画像に写った文字を読んでください
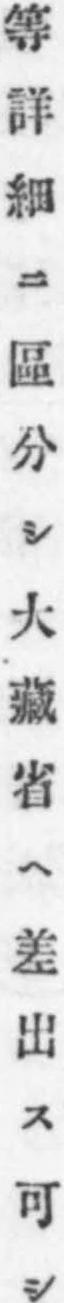
「等詳細ニ區分シ大藏省ヘ差出ス可シ」と書いてあります